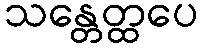
သန္တေတ္ထပေ